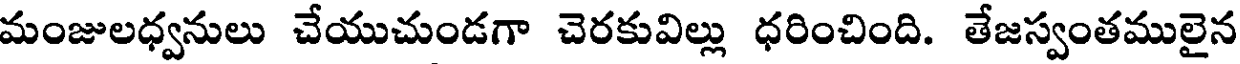
మంజులధ్వనులు చేయుచుండగా చెరకువిల్లు ధరించింది. తేజస్వంతములైన